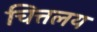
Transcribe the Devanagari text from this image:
चित्तलय